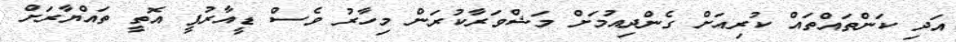
އަދި ކަންތައްތައް ކުރިއަށް ގެންދިއުމަށް މަޝްވަރާކުރަން މިހާރު ވެސް ޑީއާރުޕީ އޮތީ ތައްޔާރަށް